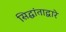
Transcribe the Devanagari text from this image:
सिद्धांताद्वारे